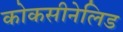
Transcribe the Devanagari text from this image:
कोकसीनेलिड